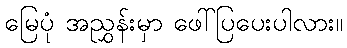
မြေပုံ အညွှန်းမှာ ဖေါ်ပြပေးပါလား။